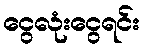
ငွေလုံးငွေရင်း